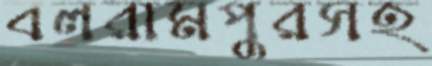
বলরামপুরসহ